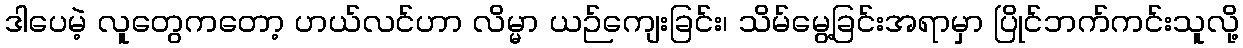
ဒါပေမဲ့ လူတွေကတော့ ဟယ်လင်ဟာ လိမ္မာ ယဉ်ကျေးခြင်း၊ သိမ်မွေ့ခြင်းအရာမှာ ပြိုင်ဘက်ကင်းသူလို့